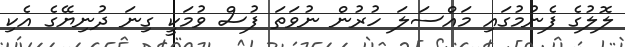
ލޮލުގެ ފެނުމުގައި މައްސަލަ ހުރުން ނުވަތަ ފުސް ވުމަކީ ގިނަ ދުނިޔޭގެ އެކި